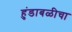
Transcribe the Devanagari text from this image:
हुंडाबळीचा